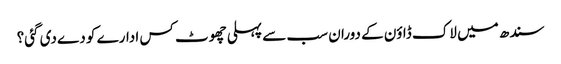
سندھ میں لاک ڈاؤن کے دوران سب سے پہلی چھوٹ کس ادارے کو دے دی گئی؟